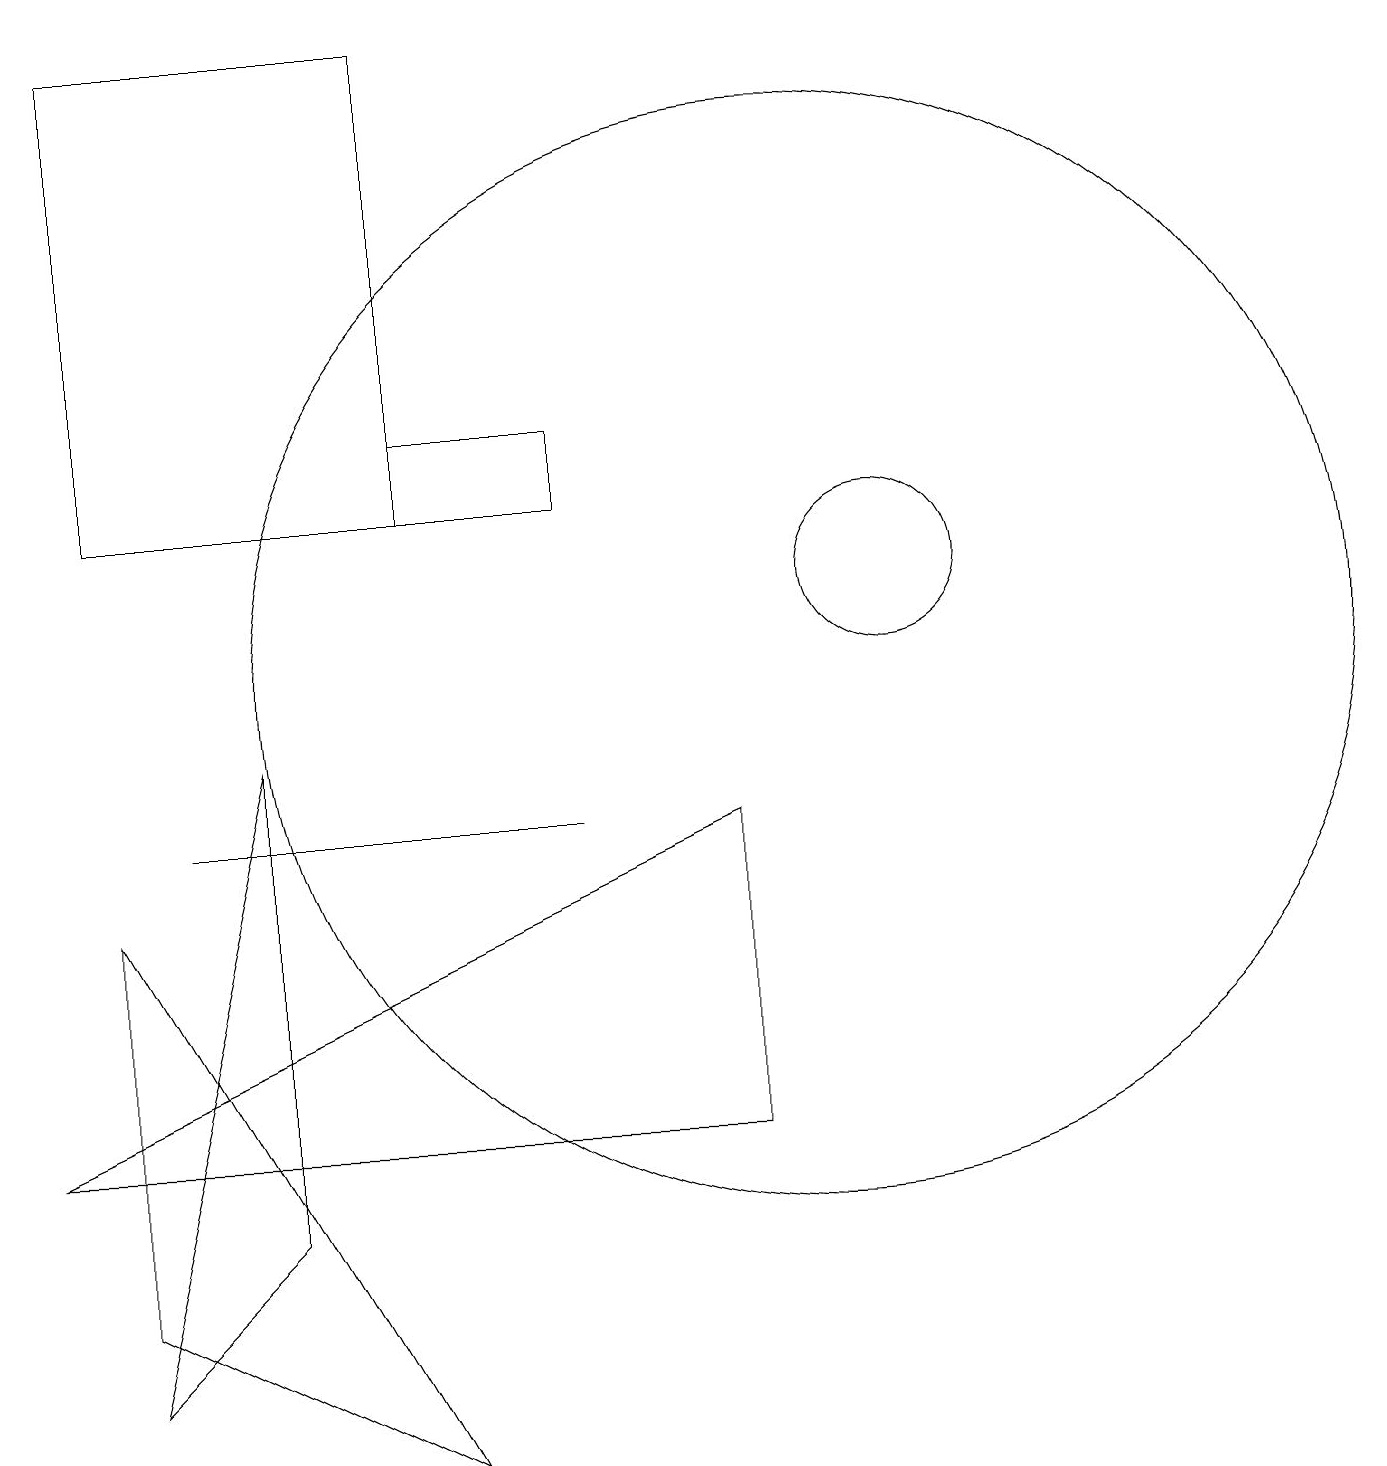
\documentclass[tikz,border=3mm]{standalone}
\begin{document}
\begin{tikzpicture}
\draw (1,12) rectangle (5,18);
\draw (11,11) circle (1);
\draw (9,4) -- (0,4) -- (9,8) -- cycle;
\draw (3,3) -- (3,9) -- (1,1) -- cycle;
\draw (10,10) circle (7);
\draw (5,0) -- (1,2) -- (1,7) -- cycle;
\draw (5,13) rectangle (7,12);
\draw (2,8) -- (7,8) -- (3,8) -- cycle;
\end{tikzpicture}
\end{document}